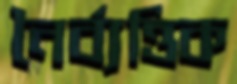
নৈর্ব্যত্তিক